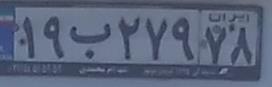
۱۹ب۲۷۹۷۸